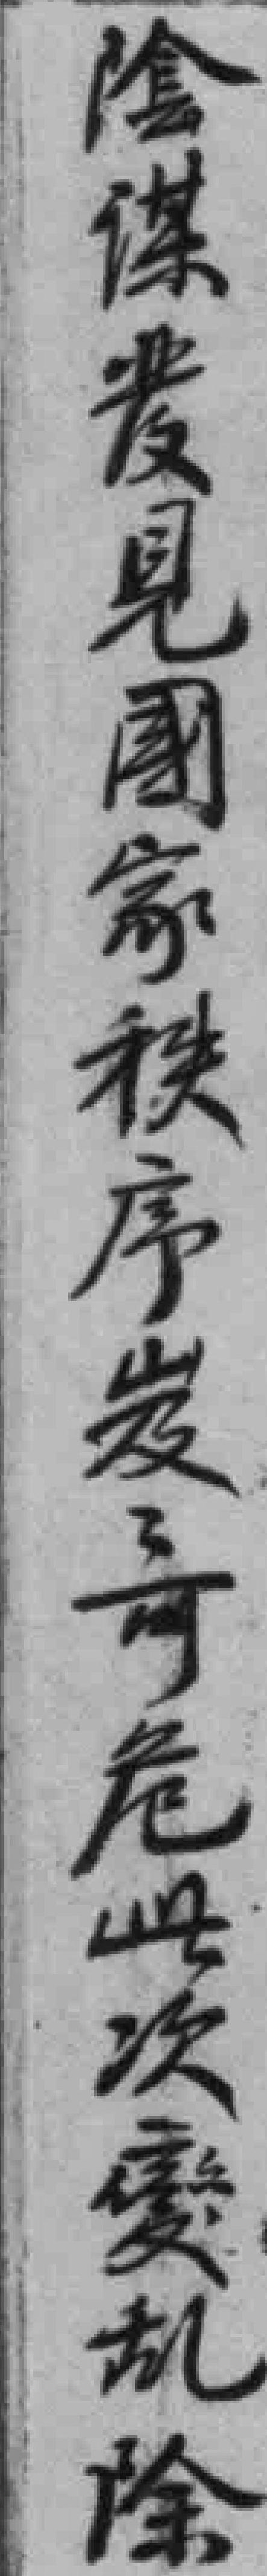
陰谋*見國家秩序岌岌可危此次變乱除